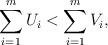
LaTeX: \begin{align*} \sum_{i=1}^mU_i < \sum_{i=1}^mV_i, \end{align*}